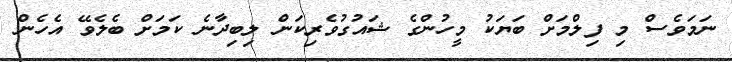
ނަމަވެސް މި ފިލްމަށް ބަޔަކު މީހުންގެ ޝައުގުވެރިކަން ލިބިދާނެ ކަމަށް ބެލެވޭ އެހެން